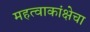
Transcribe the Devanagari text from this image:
महत्वाकांक्षेचा